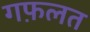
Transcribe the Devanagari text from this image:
गफ़लत